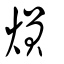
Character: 熉